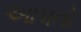
આ૫તો